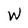
Character: w